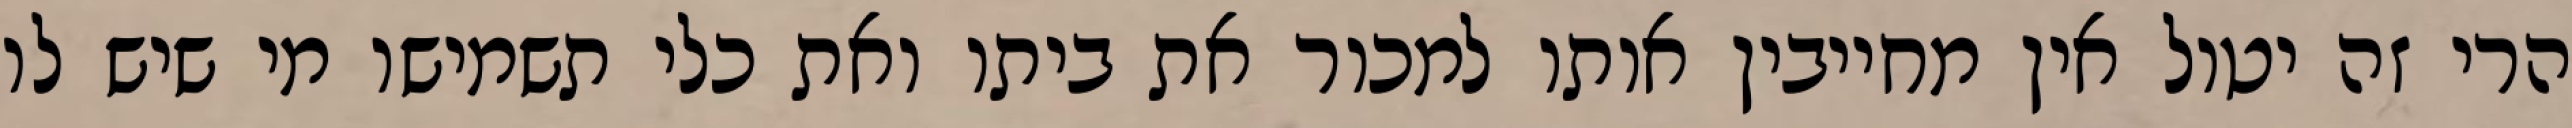
הרי זה יטול אין מחייבין אותו למכור את ביתו ואת כלי תשמישו מי שיש לו